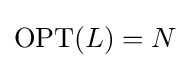
\mathrm {OPT} (L)=N